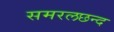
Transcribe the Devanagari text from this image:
समरलछन्द